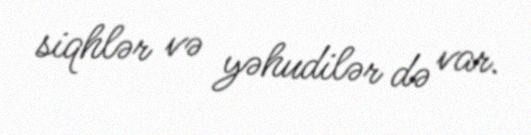
siqhlər və yəhudilər də var.